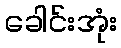
ခေါင်းအုံး